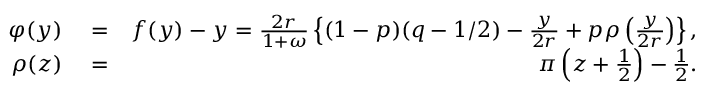
\begin{array} { r l r } { \varphi ( y ) } & { { } = } & { f ( y ) - y = \frac { 2 r } { 1 + \omega } \left\{ ( 1 - p ) ( q - 1 / 2 ) - \frac { y } { 2 r } + p \rho \left( \frac { y } { 2 r } \right) \right\} , } \\ { \rho ( z ) } & { { } = } & { \pi \left( z + \frac { 1 } { 2 } \right) - \frac { 1 } { 2 } . } \end{array}